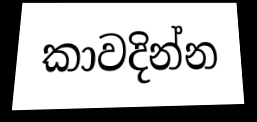
කාවදින්න